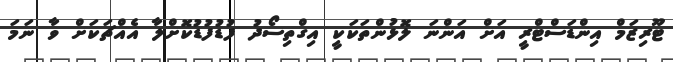
ޓޫރިޒަމް އިންޑަސްޓްރީ އަށް އަންނަ ލޮޅުންތަކަކީ އިގްތިސޯދު ފުޑުފުޑުކޮށްލާ އެއްޗަކަށް ވާ ނަމަ